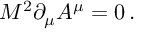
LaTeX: M ^ { 2 } \partial _ { \mu } A ^ { \mu } = 0 \, .